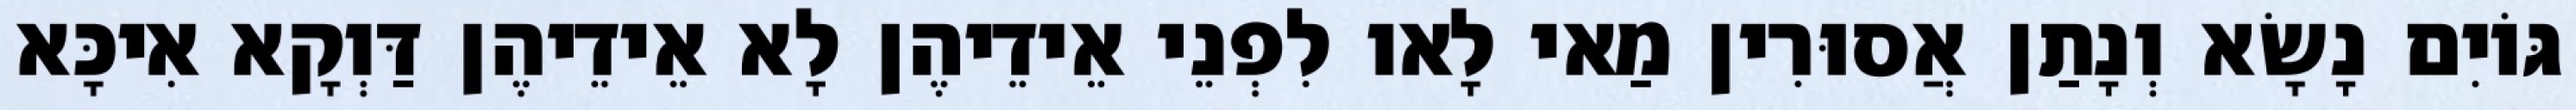
גּוֹיִם נָשָׂא וְנָתַן אֲסוּרִין מַאי לָאו לִפְנֵי אֵידֵיהֶן לָא אֵידֵיהֶן דַּוְקָא אִיכָּא